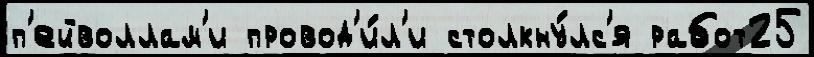
п'ейволлам'и провод'и́л'и столкну́лс'я работ25